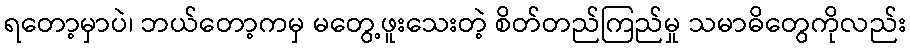
ရတော့မှာပဲ၊ ဘယ်တော့ကမှ မတွေ့ဖူးသေးတဲ့ စိတ်တည်ကြည်မှု သမာဓိတွေကိုလည်း